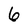
Character: 6